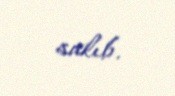
salıb.